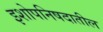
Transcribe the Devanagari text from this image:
इशोपनिषदातील